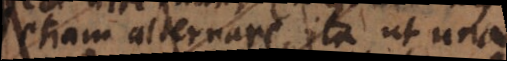
invicem alternant, ita ut uno